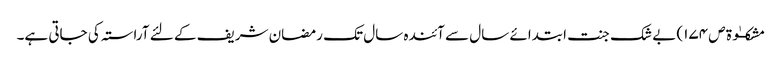
مشکــٰوۃ ص ١٧٤) بے شک جنت ابتدائے سال سے آئندہ سال تک رمضان شریف کے لئے آراستہ کی جاتی ہے۔